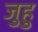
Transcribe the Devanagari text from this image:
जुहु